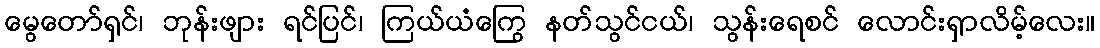
မွေတော်ရှင်၊ ဘုန်းဖျား ရင်ပြင်၊ ကြယ်ယံကြွေ နတ်သွင်ငယ်၊ သွန်းရေစင် လောင်းရှာလိမ့်လေး။